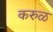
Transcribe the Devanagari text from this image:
करुळ